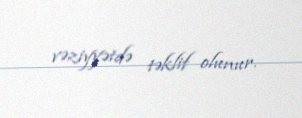
vəziyyətdə təklif olunur.